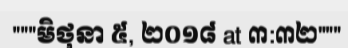
"""មិថុនា ៥, ២០១៨ at ៣:៣២"""